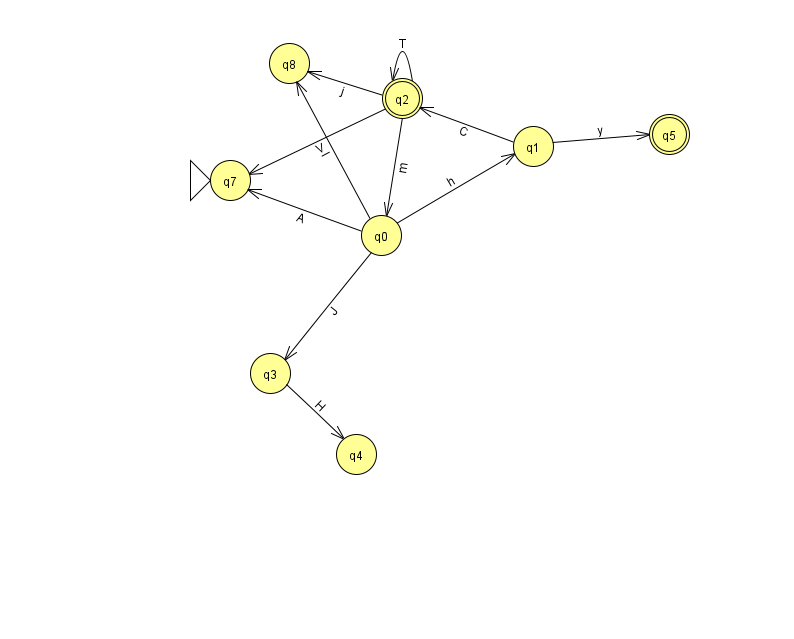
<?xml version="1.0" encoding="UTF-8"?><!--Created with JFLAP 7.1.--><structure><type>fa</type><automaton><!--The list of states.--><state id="0" name="q0"><x>381.0</x><y>222.0</y></state><state id="1" name="q1"><x>533.0</x><y>133.0</y></state><state id="2" name="q2"><x>402.0</x><y>85.0</y><final/></state><state id="3" name="q3"><x>270.0</x><y>360.0</y></state><state id="4" name="q4"><x>356.0</x><y>441.0</y></state><state id="5" name="q5"><x>669.0</x><y>121.0</y><final/></state><state id="7" name="q7"><x>230.0</x><y>167.0</y><initial/></state><state id="8" name="q8"><x>289.0</x><y>50.0</y></state><!--The list of transitions.--><transition><from>2</from><to>0</to><read>m</read></transition><transition><from>2</from><to>8</to><read>j</read></transition><transition><from>0</from><to>7</to><read>A</read></transition><transition><from>2</from><to>2</to><read>T</read></transition><transition><from>0</from><to>3</to><read>J</read></transition><transition><from>0</from><to>8</to><read>l</read></transition><transition><from>0</from><to>1</to><read>h</read></transition><transition><from>1</from><to>5</to><read>y</read></transition><transition><from>2</from><to>7</to><read>V</read></transition><transition><from>1</from><to>2</to><read>C</read></transition><transition><from>3</from><to>4</to><read>H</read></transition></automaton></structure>